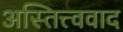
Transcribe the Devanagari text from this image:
अस्तित्त्ववाद